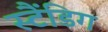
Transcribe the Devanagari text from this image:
स्टैंडिग